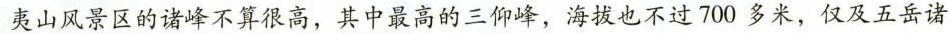
夷山风景区的诸峰不算很高，其中最高的三仰峰，海拔也不过700多米，仅及五岳诸